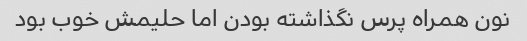
نون همراه پرس نگذاشته بودن اما حلیمش خوب بود